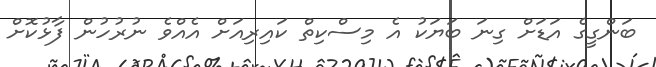
ބަންގީގެ އަޑަށް ގިނަ ބަޔަކު އެ މިސްކިތް ކައިރިއަށް އެއްވެ ނުރުހުން ފާޅުކޮށް